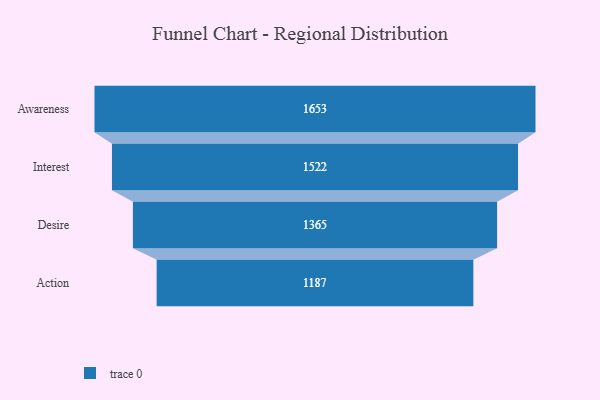
{"axis": {"x": "Stage", "y": "Value"}, "legend": [""], "data": [{"x": "Awareness", "y": 1653.0, "type": ""}, {"x": "Interest", "y": 1522.0, "type": ""}, {"x": "Desire", "y": 1365.0, "type": ""}, {"x": "Action", "y": 1187.0, "type": ""}]}